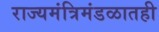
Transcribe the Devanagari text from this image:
राज्यमंत्रिमंडळातही